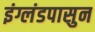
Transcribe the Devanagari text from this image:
इंग्लंडपासुन